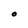
Character: O